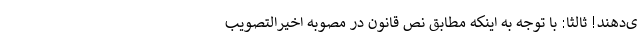
ی‌دهند! ثالثا: با توجه به اینکه مطابق نص قانون در مصوبه اخیرالتصویب